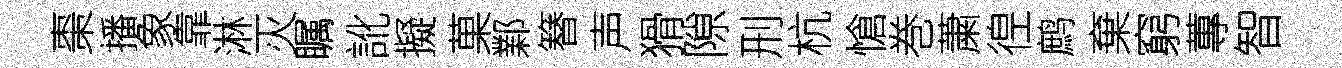
棗播象靠淋灭瞩訛擬菓鄴簮声猾隙刑杭愴巻䔥徨鹧棄窮蓴智